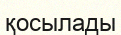
қосылады